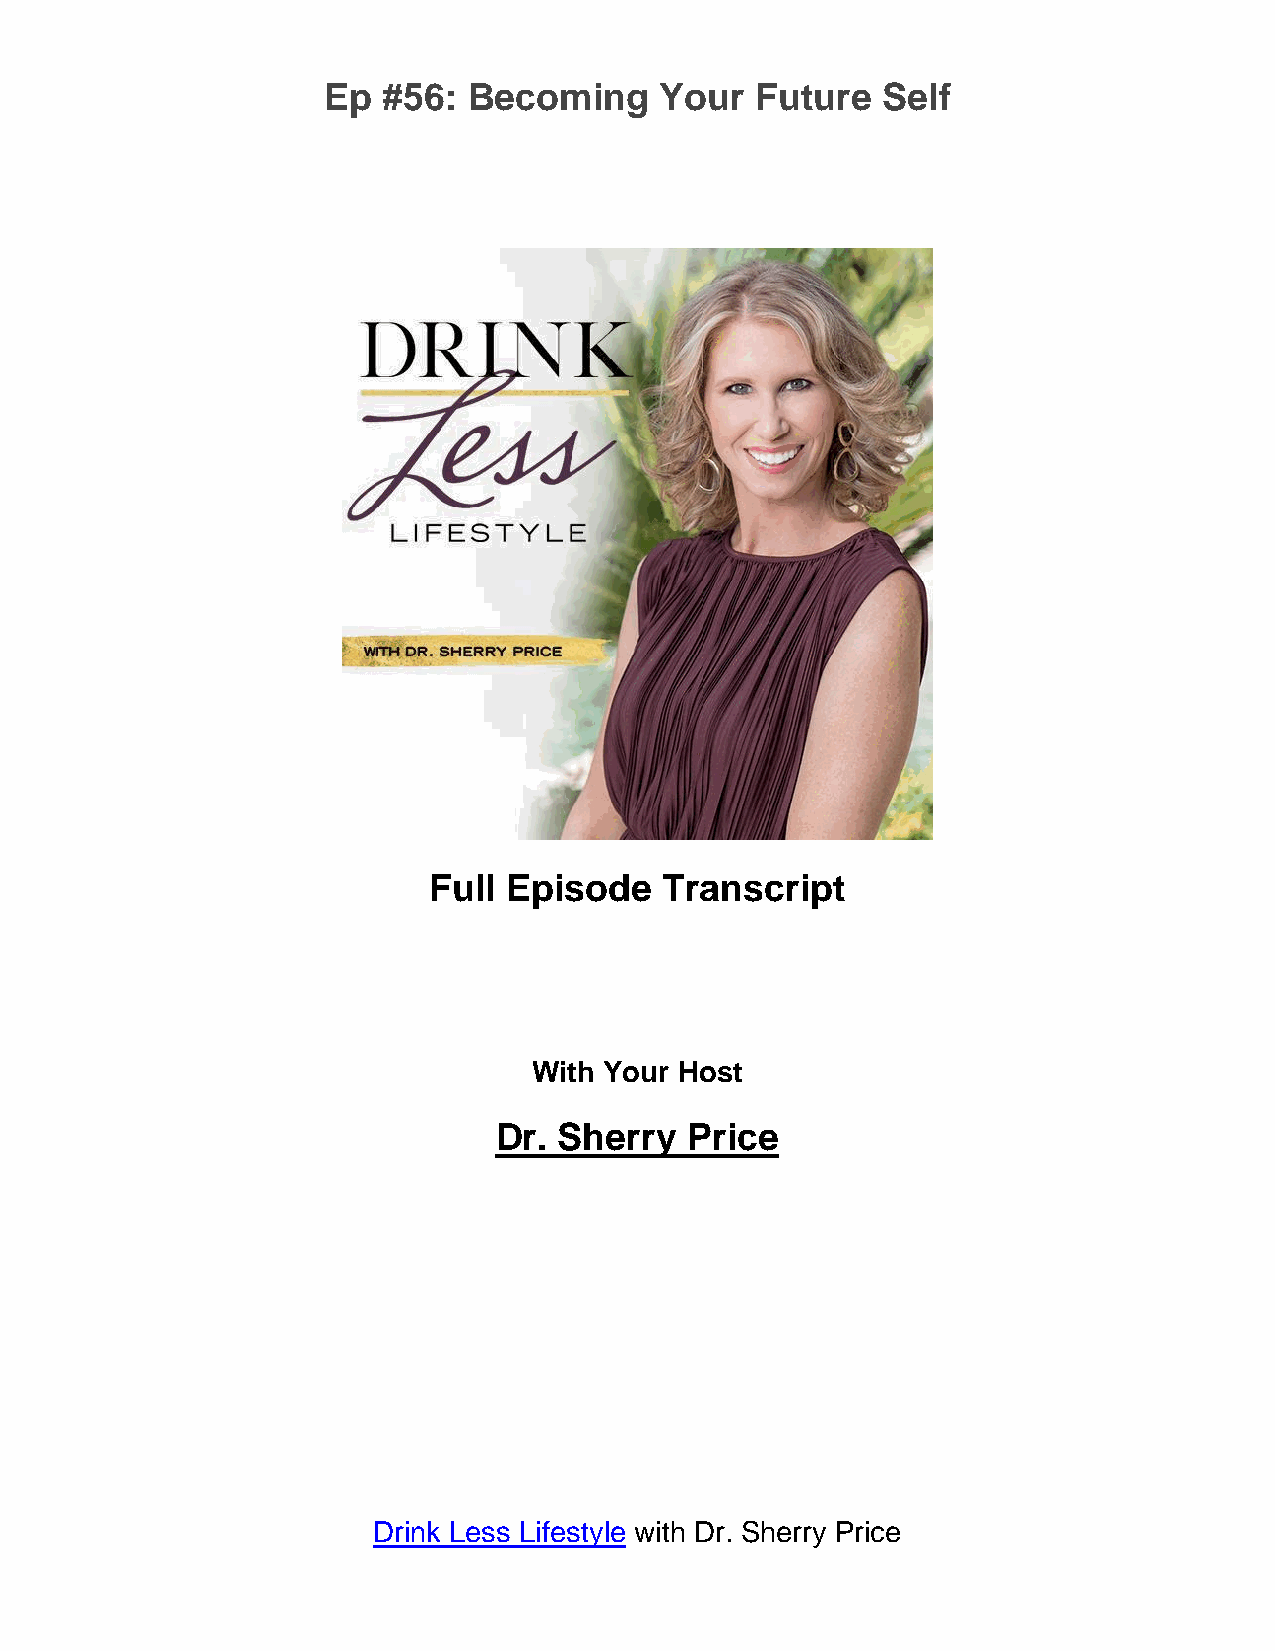
Ep  #56:  Becoming     Your  Future  Self
 Full  Episode   Transcript
 With Your Host
 Dr. Sherry   Price
 Drink Less Lifestyle with Dr. Sherry Price